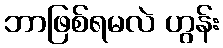
ဘာဖြစ်ရမလဲ ဟွန်း